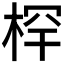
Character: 𰗯